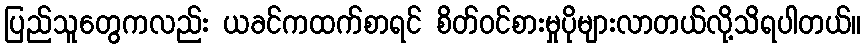
ပြည်သူတွေကလည်း ယခင်ကထက်စာရင် စိတ်ဝင်စားမှုပိုများလာတယ်လို့သိရပါတယ်။